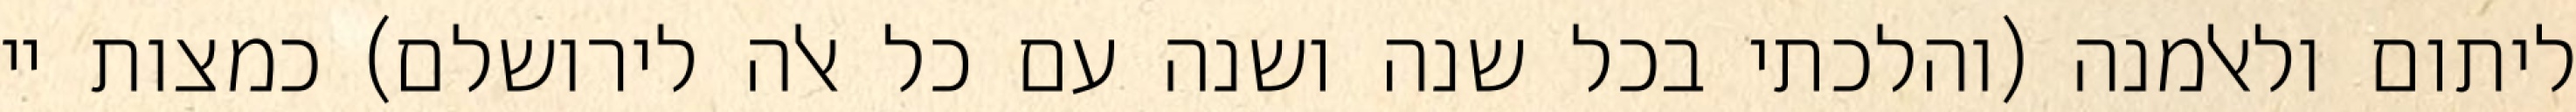
ליתום ולאלמנה (והלכתי בכל שנה ושנה עם כל אלה לירושלם) כמצות יי